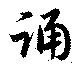
誦